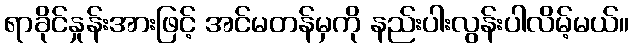
ရာခိုင်နှုန်းအားဖြင့် အင်မတန်မှကို နည်းပါးလွန်းပါလိမ့်မယ်။